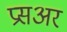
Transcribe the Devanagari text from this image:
प्रसअर